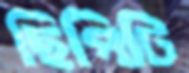
ছিপিটি